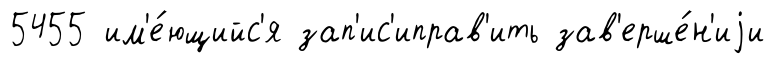
5455 им'е́ющийс'я зап'ис'иправ'ить зав'ерше́н'иjи